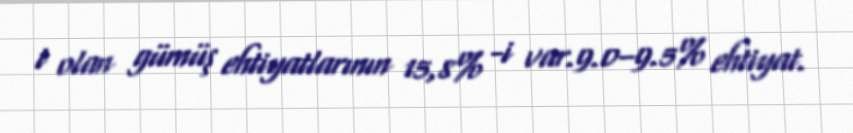
t olan gümüş ehtiyatlarının 15,8% -i var.9.0–9.5% ehtiyat.